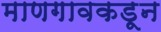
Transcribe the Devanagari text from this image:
माणगावकडून